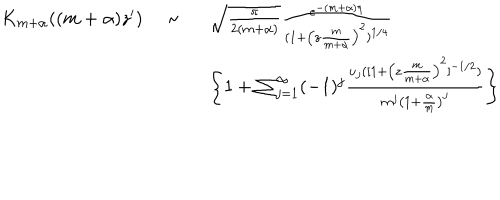
LaTeX: \begin{array} { l c l } { { K _ { m + \alpha } ( ( m + \alpha ) z ^ { \prime } ) \ } } & { { \sim \ } } & { { \sqrt { \frac { \pi } { 2 ( m + \alpha ) } } \frac { e ^ { - ( m + \alpha ) \eta } } { ( 1 + \left( z \frac { m } { m + \alpha } \right) ^ { 2 } ) ^ { 1 / 4 } } } } \\ { { } } & { { } } & { { \left\{ 1 + \sum _ { j = 1 } ^ { \infty } ( - 1 ) ^ { j } \frac { u _ { j } ( [ 1 + \left( z \frac { m } { m + \alpha } \right) ^ { 2 } ] ^ { - 1 / 2 } ) } { m ^ { j } \left( 1 + \frac { \alpha } { m } \right) ^ { j } } \right\} } } \\ \end{array}